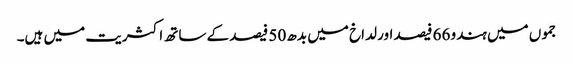
جموں میں ہندو 66 فیصد اور لداخ میں بدھ 50 فیصد کے ساتھ اکثریت میں ہیں۔